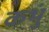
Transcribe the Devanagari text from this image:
कभुं